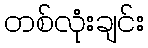
တစ်လုံးချင်း